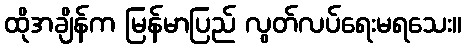
ထိုအချိန်က မြန်မာပြည် လွတ်လပ်ရေးမရသေး။